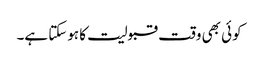
کوئی بھی وقت قبولیت کا ہوسکتا ہے۔